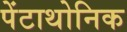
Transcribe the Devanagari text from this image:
पेंटाथोनिक